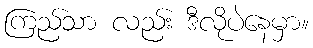
ကြည်သာ လည်း ဒီလိုပဲနေမှာ။